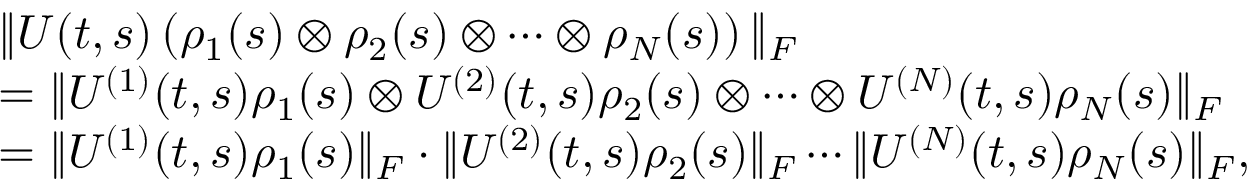
\begin{array} { r l } & { \| U ( t , s ) \left( \rho _ { 1 } ( s ) \otimes \rho _ { 2 } ( s ) \otimes \cdots \otimes \rho _ { N } ( s ) \right) \| _ { F } } \\ & { = \| U ^ { ( 1 ) } ( t , s ) \rho _ { 1 } ( s ) \otimes U ^ { ( 2 ) } ( t , s ) \rho _ { 2 } ( s ) \otimes \cdots \otimes U ^ { ( N ) } ( t , s ) \rho _ { N } ( s ) \| _ { F } } \\ & { = \| U ^ { ( 1 ) } ( t , s ) \rho _ { 1 } ( s ) \| _ { F } \cdot \| U ^ { ( 2 ) } ( t , s ) \rho _ { 2 } ( s ) \| _ { F } \cdots \| U ^ { ( N ) } ( t , s ) \rho _ { N } ( s ) \| _ { F } , } \end{array}